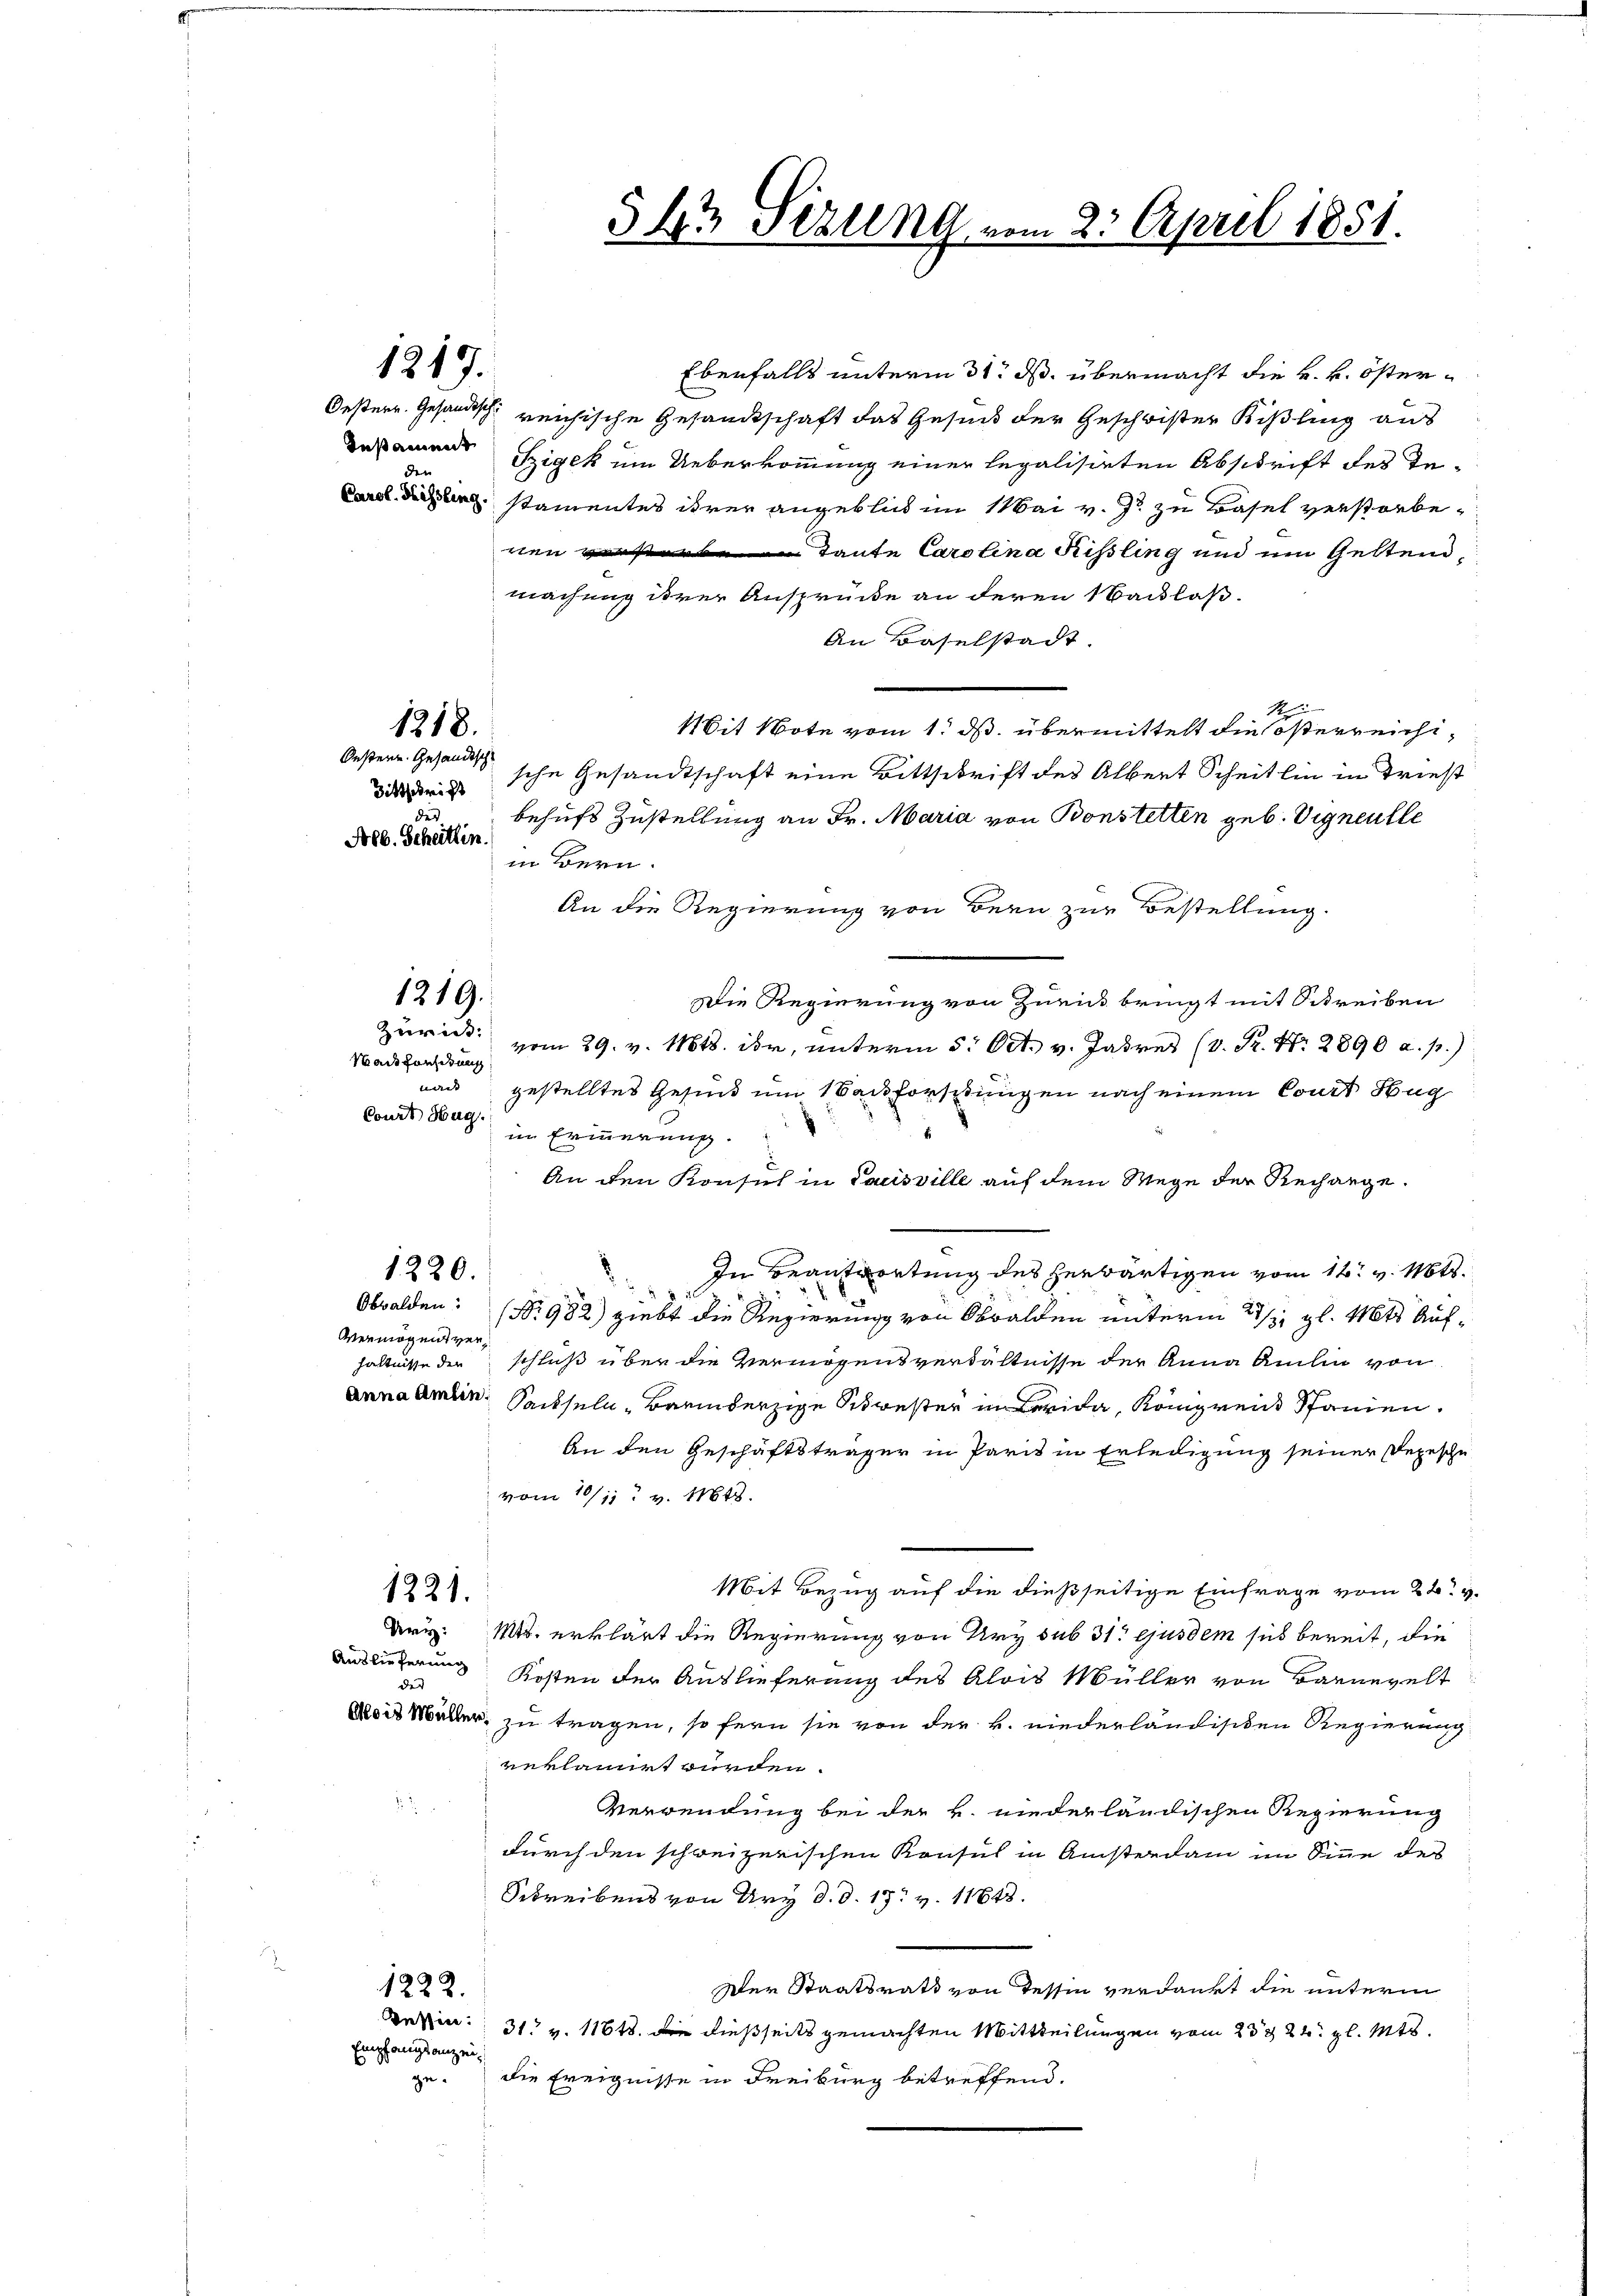
1217.

Testament
den

Ebenfalls unterm 31. d. übermacht die k. k. öster¬
Oesterr. Gesandtsch reichische Gesandtschaft das Gesund der Geschwister Kißling aus
Szigek um Ueberkommung einer legalisirten Abschrift des Teade stamentes ihrer angeblick im Mai v. J. zu Basel verstorbenen verstorben Tante Carolina Rissling und ein Geltend,
machung ihrer Ansprücke an deren Nacklas.
An Baselstadt.
1
1Sit Note vom 1. ds. übermittelt die österreichische Gesandtschaft eine Bittschrift des Albert Scheitlin in Triest
behufs Zustellung an Fr. Maria von Bonstetten geb. Vigneulle
in Bern.
An die Regierung von Bern zur Bestellung.
Die Regierung von Zürick bringt mit Schreiben
vom 29. v. 1818. der, unterm 5. Oct. v. Jahres (v. Fr. N. 2890 a. p.)
Mackforderung
nan |
gestelltes Gesind um 1 Backforschtungen nach einem Const Kug
Court Hug.
in Erinnerung.
An den Konsul in Pacisville auf dem Wege der Rechange.
1220.
In Beantwortung des herwärtigen vom 16. v. Mts.
Obwalden: (Nr. 982) giebt die Regierung von Obwalden unterm 21. gl. Mts. Auf¬
Vermögens verhältnisse der schluß über die Vermögensverhältnisse der Anna Amlin von
anna Amben Sachseln, Barmherzige Schwester in Brida, Komprend Spanien.
An den Geschäftsträger in Paris in Erledigung seiner Depesche
vom 10/11 v. 1818.
Mit Bezug auf die dießseitige Einfrage vom 22.
1221.
Dr. Mts. erklärt die Regierung von Ury sub 31. ejusdem sich bereit, die
Auslieferung Kosten der Auslieferung des Alois Müller von Barnevelt
des
dis Müller zu tragen, so fern sie von der k. niederländischen Regierung
reklamirt würden.
Verwendung bei der h. niederländischen Regierung
durch den schweizerischen Konsul in Ansterdam im Sinne des
Schreibens von Ury d. d. 17. v. 11818.
Der Staatsrath von Tessin verdankt die unterm
1222.
Tessin: 31. v. 1161. Die dießseits gemachten Mittheilungen vom 23. 24. gl. Mts.
Empfangsanzeigedie Ereignisse in Freiburg betreffend.

1218.

Oestene Gesandtsch
Bittschricht
des
Nolb. Schütten.

1219.

Zuricht:

§43 Sizung vom 2. April 1851.